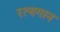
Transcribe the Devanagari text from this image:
रत्यगान